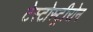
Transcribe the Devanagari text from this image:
टेस्टोस्ट्रीरोन